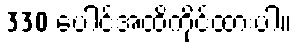
330 ပေါင်အထိကိုင်ထားပါ။